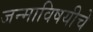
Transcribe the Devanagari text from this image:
जन्माविषयीचे